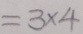
= 3 \times 4